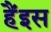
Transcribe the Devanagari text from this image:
हैंइस